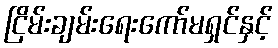
ငြိမ်းချမ်းရေးကော်မရှင်နှင့်